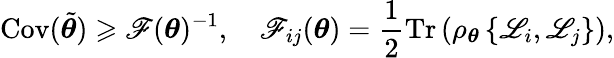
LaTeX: \operatorname{Cov}(\tilde{\boldsymbol{\theta}})\geqslant\mathscr{F}(\boldsymbol{\theta})^{-1},\quad\mathscr{F}_{{ij}}(\boldsymbol{\theta})=\frac{1}{2}\operatorname{Tr}\left(\rho_{\boldsymbol{\theta}}\left\{ \mathscr{L}_{i},\mathscr{L}_{j}\right\} \right),